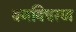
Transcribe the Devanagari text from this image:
वनविचरण